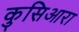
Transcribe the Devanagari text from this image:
कुसिआरा